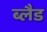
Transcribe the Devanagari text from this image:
ब्लैड